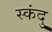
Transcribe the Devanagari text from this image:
स्कंदु